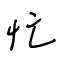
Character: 忙